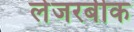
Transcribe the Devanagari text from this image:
लेजरबीक